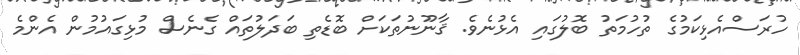
ހުރަސްއެޅިކަމުގެ ތުހުމަތު ބޮލުގައި އެޅުނެވެ. ޤާނޫނުތަކަށް ބޮޑެތި ބަދަލުތައް ގެނެސް މުޅިގައުމުން އެންމެ